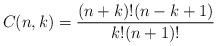
LaTeX: \begin{align*} C(n,k) = \frac{(n+k)!(n-k+1)}{k!(n+1)!}\end{align*}